Insane asylums in Bengal annual reports 1867-1875 - 1867-1875
Year: 1867
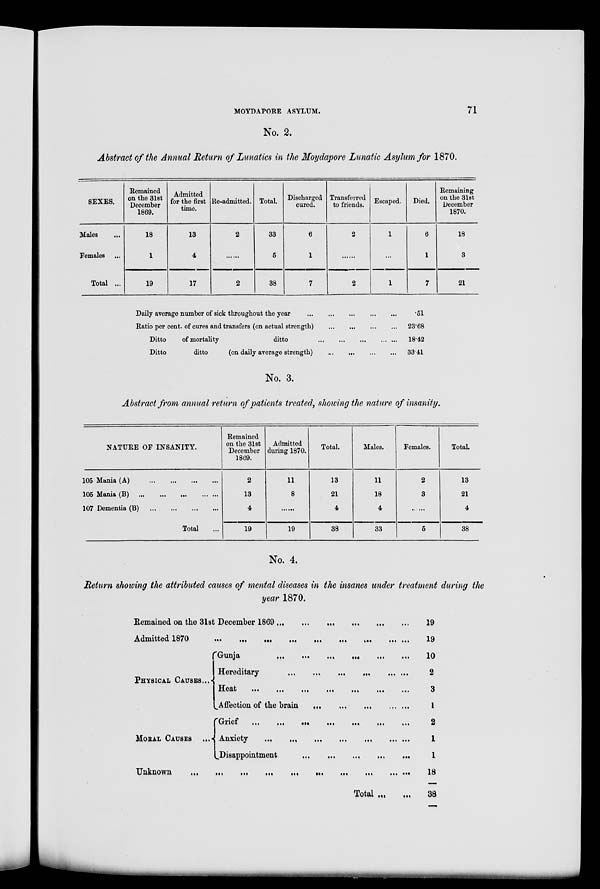
MOYDAPORE ASYLUM.
71
No. 2.
Abstract of the Annual Return of Lunatics in the Moydapore Lunatic Asylum for 1870.
SEXES.
Males ...
Females ...
Total ...
Remained
on the 31st
December
1869.
18
1
19
Admitted
for the first
time.
13
4
17
Re-admitted.
2
......
2
Total.
33
5
38
Discharged
cured.
6
1
7
Transferred
to friends.
2
.......
2
Escaped.
1
.......
1
Died.
6
1
7
Remaining
on the 31 st
December
1870.
18
3
21
Daily average number of sick throughout the year
...
...
...
...
...
Ratio per cent. of cures and transfers (on actual strength)
...
...
...
...
Ditto
of mortality
ditto
...
...
...
...
...
Ditto
ditto
(on daily average strength) ... ... ... ...
.51
23.68
18.42
33.41
No. 3.
Abstract from annual return of patients treated, showing the nature of insanity.
NATURE OF INSANITY.
105 Mania (A)
...
...
...
...
105 Mania (B)
...
...
...
...
107 Dementia (B)
...
...
...
...
Total ...
Remained
on the 31st
December
1869.
2
13
4
19
Admitted
during 1870.
11
8
......
19
Total.
13
21
4
38
Males.
11
18
4
33
Females.
2
3
......
5
Total.
13
21
4
38
No. 4.
Return showing the attributed causes of mental diseases in the insanes under treatment during the
year 1870.
Remained on the 31st December 1869
...
...
...
...
...
...
Admitted 1870 ... ... ... ... ... ... ... ... ...
PHYSICAL CAUSES...
MORAL CAUSES ...
Gunja
...
...
...
...
...
...
Hereditary ... ... ... ... ... ...
Heat
...
...
...
...
...
...
...
Affection of the brain
...
...
...
...
...
Grief ... ... ... ... ... ... ... ... ...
Anxiety ... ... ... ... ... ... ...
Disappointment
...
...
...
...
...
Unknown ... ... ... ... ... ... ... ... ... ... ... ...
Total ... ...
19
19
10
2
3
1
2
1
1
18
38